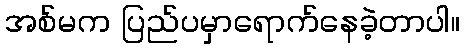
အစ်မက ပြည်ပမှာရောက်နေခဲ့တာပါ။